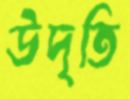
উদৃতি